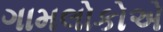
ગામલોકોએ